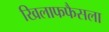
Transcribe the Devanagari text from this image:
खिलाफफैसला